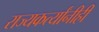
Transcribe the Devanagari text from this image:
राज्यकर्त्यांनीही